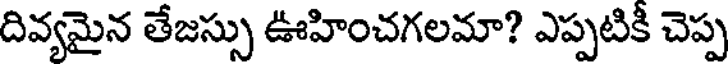
దివ్యమైన తేజస్సు ఊహించగలమా? ఎప్పటికీ చెప్ప